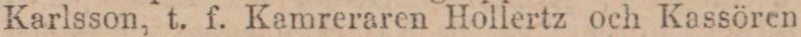
Karlsson, t. f. Kamreraren Hollertz och Kassören